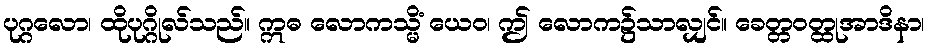
ပုဂ္ဂလော၊ ထိုပုဂ္ဂိုလ်သည်။ ဣဓ လောကသ္မိံ ယေဝ၊ ဤ လောက၌သာလျှင်။ ခေတ္တဝတ္ထုအာဒိနာ၊